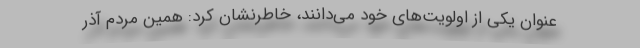
عنوان یکی از اولویت‌های خود می‌دانند، خاطرنشان کرد: همین مردم آذر